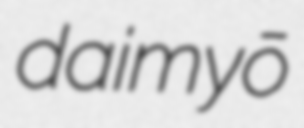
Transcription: daimyō